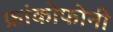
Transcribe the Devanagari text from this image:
फ्रांकोफोनी